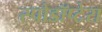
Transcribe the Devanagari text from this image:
स्पोडॉप्टेरा